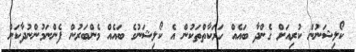
ކޯލިޝަނުން ކުރިއަށް ގެންދާ ބައެއް ހަރަކާތްތަކުން އެ ކޯލިޝަނުގެ ބައެއް މެންބަރުން ފެންނަމުންނުދާކަން